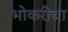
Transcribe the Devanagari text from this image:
भोकरीचा